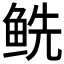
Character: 𲍏